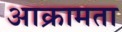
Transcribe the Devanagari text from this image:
आक्रामता